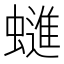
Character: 䗯